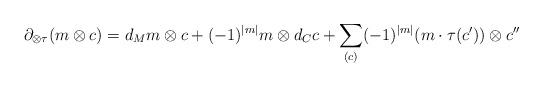
LaTeX: \begin{align*}\partial_{\otimes \tau} ( m \otimes c)= d_Mm \otimes c + (-1)^{|m|}m \otimes d_Cc + \sum_{(c)}(-1)^{|m|}( m \cdot \tau(c') ) \otimes c''\end{align*}